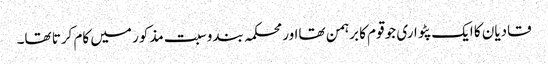
قادیان کا ایک پٹواری جو قوم کا برہمن تھااور محکمہ بندوسبت مذکور میں کام کرتا تھا۔